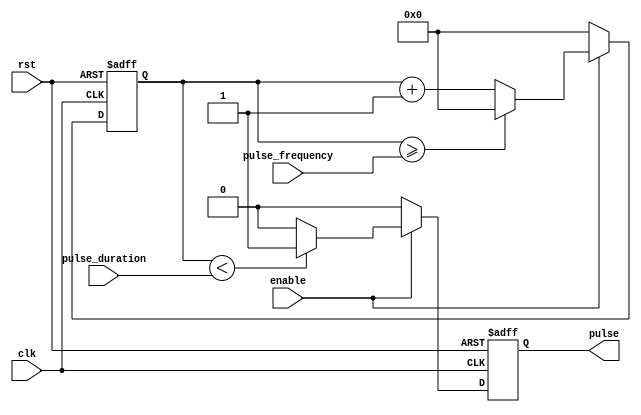
module pulse_generator(
    input wire clk,
    input wire rst,
    input wire enable,
    input wire [7:0] pulse_duration,
    input wire [7:0] pulse_frequency,
    output reg pulse
);

reg [7:0] counter;

always @ (posedge clk or posedge rst) begin
    if (rst) begin
        counter <= 8'd0;
        pulse <= 1'b0;
    end else begin
        if (enable) begin
            if (counter < pulse_duration) begin
                pulse <= 1'b1;
            end else begin
                pulse <= 1'b0;
            end

            if (counter >= pulse_frequency) begin
                counter <= 8'd0;
            end else begin
                counter <= counter + 1;
            end
        end else begin
            pulse <= 1'b0;
            counter <= 8'd0;
        end
    end
end

endmodule